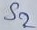
Text: S2